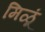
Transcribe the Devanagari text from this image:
मिळूं